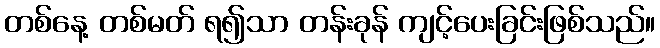
တစ်နေ့ တစ်မတ် ရ၍သာ တန်းခုန် ကျင့်ပေးခြင်းဖြစ်သည်။